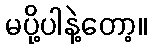
မပို့ပါနဲ့တော့။